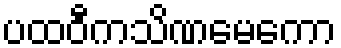
ပထဝီကသိဏမေကော